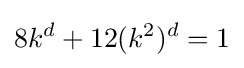
8k^{d}+12(k^{2})^{d}=1